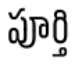
పూర్తి